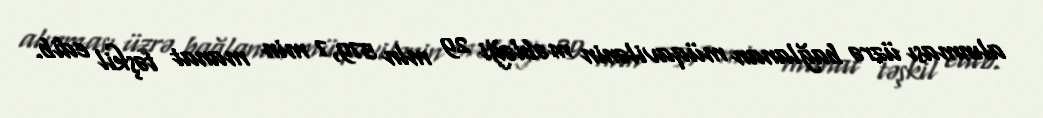
alınması üzrə bağlanan müqavilənin məbləği 29 mln 579,7 min manat təşkil edib.